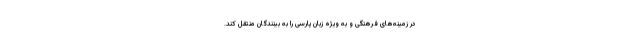
در زمینه‌های فرهنگی و به ویژه زبان پارسی را به بینندگان منتقل کند.